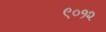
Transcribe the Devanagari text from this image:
९०१२